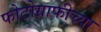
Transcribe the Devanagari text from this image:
फोटोग्राफीच्या